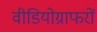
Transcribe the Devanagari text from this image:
वीडियोग्राफरों